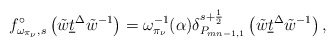
\begin{align*}f_{\omega_{\pi_\nu},s}^\circ \left(\tilde{w}\underline{t}^\Delta\tilde{w}^{-1}\right)=\omega^{-1}_{\pi_{\nu}}(\alpha)\delta_{P_{mn-1,1}}^{s+\frac{1}{2}}\left(\tilde{w}\underline{t}^\Delta\tilde{w}^{-1}\right),\end{align*}